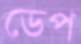
ডেপ